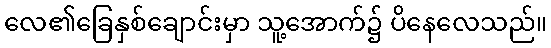
လေ၏ခြေနှစ်ချောင်းမှာ သူ့အောက်၌ ပိနေလေသည်။